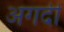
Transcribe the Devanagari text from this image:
अगदीं